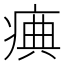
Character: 痶